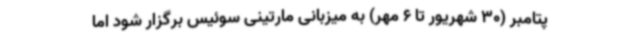
پتامبر (30 شهریور تا 6 مهر) به میزبانی مارتینی سوئیس برگزار شود اما